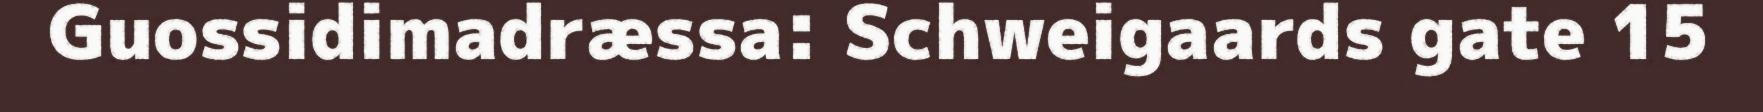
Guossidimadræssa: Schweigaards gate 15